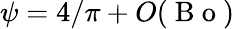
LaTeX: \psi=4/\pi+O(\mathrm{~B~o~})